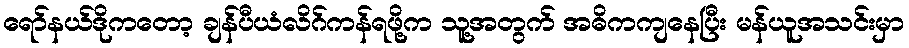
ရော်နယ်ဒိုကတော့ ချန်ပီယံလိဂ်ကန်ရဖို့က သူ့အတွက် အဓိကကျနေပြီး မန်ယူအသင်းမှာ